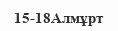
15-18Алмұрт